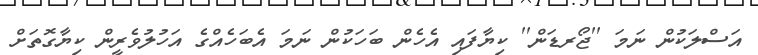
އަސްލަކުން ނަމަ ''ޖޯރޑަން'' ކިޔާފައި އެހެން ބަހަކުން ނަމަ އެބަހެއްގެ އަހުލުވެރީން ކިޔާގޮތަށް